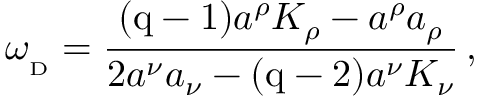
\omega _ { _ \mathrm { D } } = { \frac { { ( \mathrm { q - 1 ) } } a ^ { \rho } K _ { \rho } - a ^ { \rho } a _ { \rho } } { 2 a ^ { \nu } a _ { \nu } - { ( \mathrm { q - 2 ) } } a ^ { \nu } K _ { \nu } } } \, ,